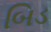
બિડ